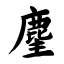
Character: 麈